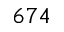
6 7 4